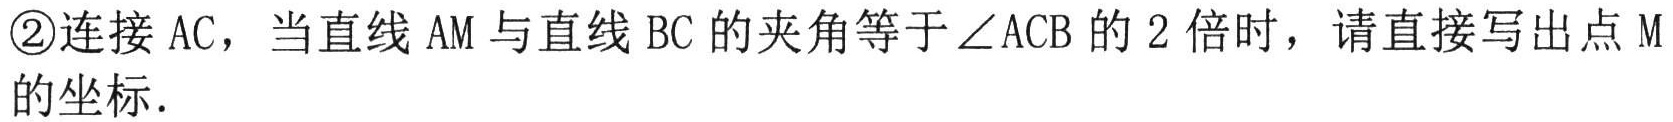
\textcircled{2}连接 \(AC\)，当直线 \(AM\) 与直线 \(BC\) 的夹角等于 \(\angle ACB\) 的 \(2\) 倍时，请直接写出点 \(M\) 的坐标．